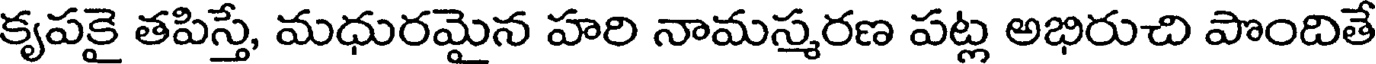
కృపకై తపిస్తే, మధురమైన హరి నామస్మరణ పట్ల అభిరుచి పొందితే